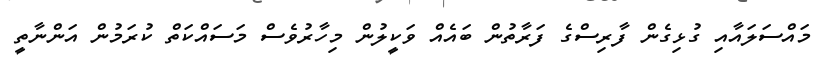
މައްސަލައާއި ގުޅިގެން ފާރިސްގެ ފަރާތުން ބައެއް ވަކީލުން މިހާރުވެސް މަސައްކަތް ކުރަމުން އަންނާތީ